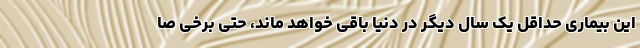
این بیماری حداقل یک سال دیگر در دنیا باقی خواهد ماند، حتی برخی صا